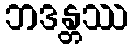
ဘဒန္တဿ